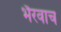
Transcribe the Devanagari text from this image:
भैरवाच